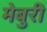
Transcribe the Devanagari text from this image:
मेबुरी